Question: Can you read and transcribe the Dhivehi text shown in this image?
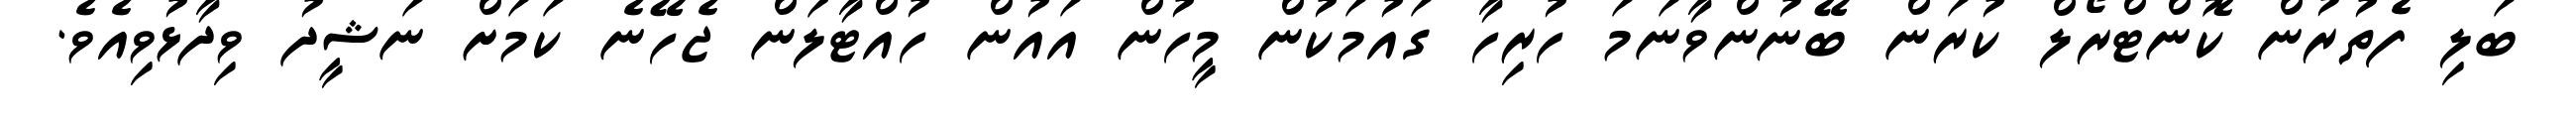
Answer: ބަލި ފެތުރުން ކޮންޓްރޯލް ކުރަން ބޭނުންވާނަމަ ހުރިހާ ގައުމަކުން މީހުން އައުން ހުއްޓާލަން ޖެހޭނެ ކަމަށް ނަޝީދު ވިދާޅުވިއެވެ.